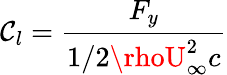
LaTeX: \mathcal{C}_{l}=\frac{{F_{y}}}{{1/2\rhoU_{\infty}^{2}c}}